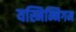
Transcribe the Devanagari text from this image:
यस्मिन्निगम